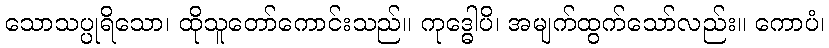
သောသပ္ပုရိသော၊ ထိုသူတော်ကောင်းသည်။ ကုဒ္ဓေါပိ၊ အမျက်ထွက်သော်လည်း။ ကောပံ၊